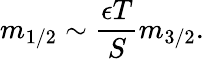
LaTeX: m_{1/2}\sim\frac{\epsilon T}{S}m_{3/2}.